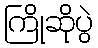
ကြိုဆိုပွဲ